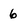
Character: 6